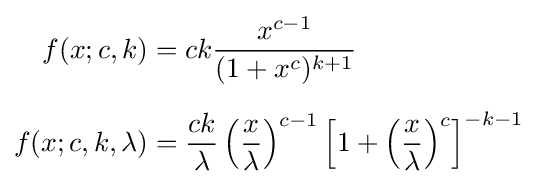
{\begin{aligned}f(x;c,k)&=ck{\frac {x^{c-1}}{(1+x^{c})^{k+1}}}\\[6pt]f(x;c,k,\lambda )&={\frac {ck}{\lambda }}\left({\frac {x}{\lambda }}\right)^{c-1}\left[1+\left({\frac {x}{\lambda }}\right)^{c}\right]^{-k-1}\end{aligned}}